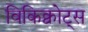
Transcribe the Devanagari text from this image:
विकिक्वोट्स